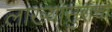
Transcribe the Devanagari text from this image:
लाख्यासुराचा